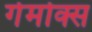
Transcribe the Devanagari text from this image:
गेमोक्स